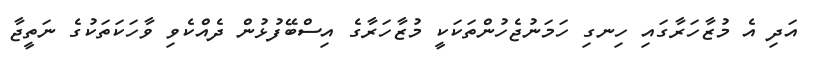
އަދި އެ މުޒާހަރާގައި ހިނގި ހަމަނުޖެހުންތަކަކީ މުޒާހަރާގެ އިސްބޭފުޅުން ދެއްކެވި ވާހަކަތަކުގެ ނަތީޖާ